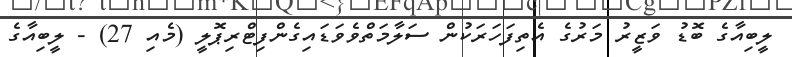
ލީބިއާގެ ބޮޑު ވަޒީރު މަރުގެ އެތިފަހަރަކުން ސަލާމަތްވެވަޑައިގެންފިޓްރިޕޮލީ (މެއި 27) - ލީބިއާގެ